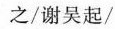
之/谢吴起/